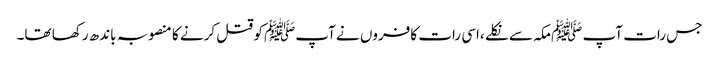
جس رات آپ ﷺمکہ سے نکلے ،اسی رات کافروں نے آپﷺ کو قتل کرنے کا منصوبہ باندھ رکھا تھا۔